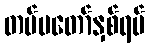
တပ်မတော်နှစ်ရပ်